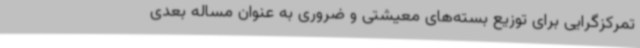
تمرکزگرایی برای توزیع بسته‌های معیشتی و ضروری به عنوان مساله بعدی